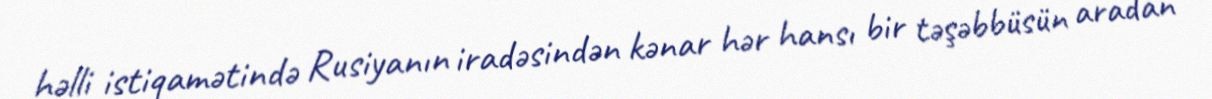
həlli istiqamətində Rusiyanın iradəsindən kənar hər hansı bir təşəbbüsün aradan